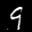
Label: 9